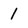
Character: I